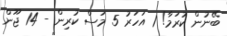
ބޭނުން ކުރަމާ! 1 އަހަރު 5 މަސް ކުރިން - 14 ޖޫން